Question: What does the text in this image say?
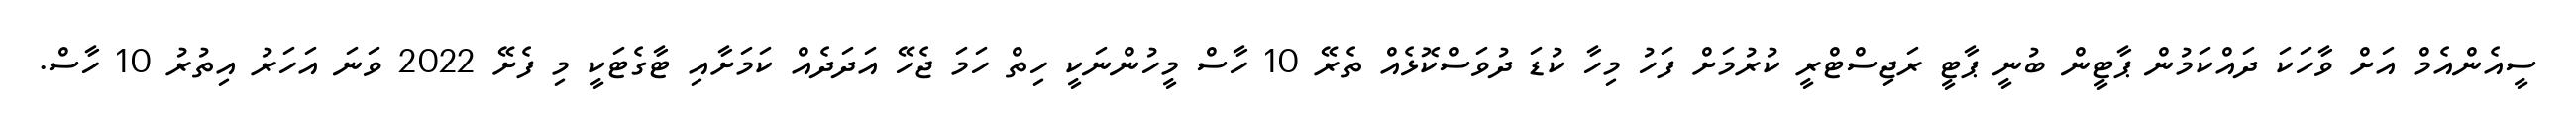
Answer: ސީއެންއެމް އަށް ވާހަކަ ދައްކަމުން ޕާޓީން ބުނީ ޕާޓީ ރަޖިސްޓްރީ ކުރުމަށް ފަހު މިހާ ކުޑަ ދުވަސްކޮޅެއް ތެރޭ 10 ހާސް މީހުންނަކީ ހިތް ހަމަ ޖެހޭ އަދަދެއް ކަމަށާއި ޓާގެޓަކީ މި ފެށޭ 2022 ވަނަ އަހަރު އިތުރު 10 ހާސް.